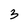
Character: 3